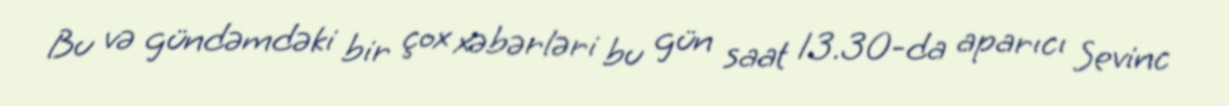
Bu və gündəmdəki bir çox xəbərləri bu gün saat 13.30-da aparıcı Sevinc